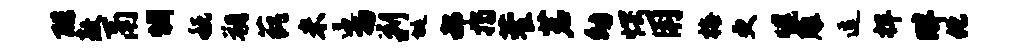
酷敖鬲惆税朔藐米逼扬剿埏郝揭藿茗幼愕用梅更幌雕逗捍畔化